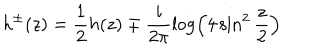
LaTeX: h ^ { \pm } ( z ) = \frac { 1 } { 2 } h ( z ) \mp \frac { i } { 2 \pi } \log \left( 4 \sin ^ { 2 } \frac { z } { 2 } \right)